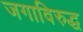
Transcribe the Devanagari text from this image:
जगाविरुद्ध